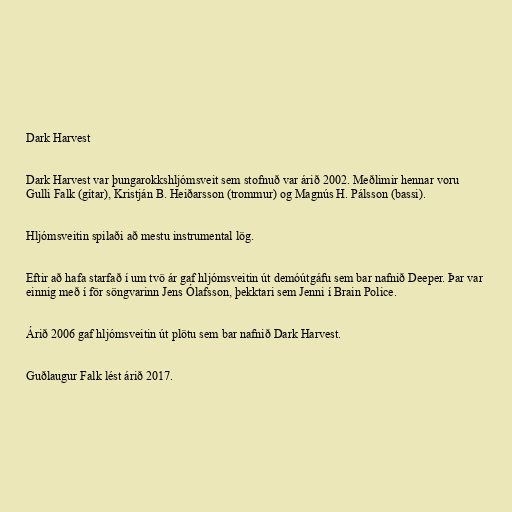
Dark Harvest

Dark Harvest var þungarokkshljómsveit sem stofnuð var árið 2002. Meðlimir hennar voru
Gulli Falk (gítar), Kristján B. Heiðarsson (trommur) og Magnús H. Pálsson (bassi).

Hljómsveitin spilaði að mestu instrumental lög.

Eftir að hafa starfað í um tvö ár gaf hljómsveitin út demóútgáfu sem bar nafnið Deeper. Þar var
einnig með í för söngvarinn Jens Ólafsson, þekktari sem Jenni í Brain Police.

Árið 2006 gaf hljómsveitin út plötu sem bar nafnið Dark Harvest.

Guðlaugur Falk lést árið 2017.